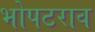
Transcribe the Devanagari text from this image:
भोपटराव